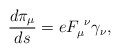
\begin{align*}\frac{d\pi _\mu }{ds}=eF_\mu ^{\ \nu }\gamma _\nu ,\end{align*}